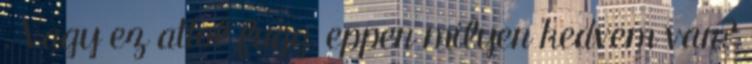
. Vagy ez attol fugg, eppen milyen kedvem van?